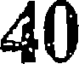
40